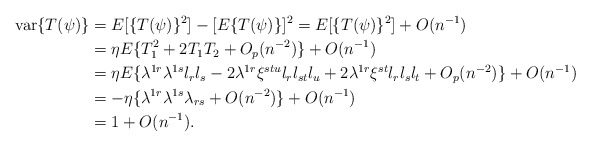
\begin{align*}{\rm var}\{T(\psi)\}&=E[\{T(\psi)\}^2]-[E\{T(\psi)\}]^2=E[\{T(\psi)\}^2]+O(n^{-1})\\&=\eta E\{T_1^2+2T_1T_2+O_p(n^{-2})\}+O(n^{-1})\\&=\eta E\{\lambda^{1r}\lambda^{1s}l_rl_s-2\lambda^{1r}\xi^{stu}l_rl_{st}l_u+2\lambda^{1r}\xi^{st}l_rl_sl_t+O_p(n^{-2})\}+O(n^{-1})\\&=-\eta\{\lambda^{1r}\lambda^{1s}\lambda_{rs}+O(n^{-2})\}+O(n^{-1})\\&=1+O(n^{-1}).\end{align*}